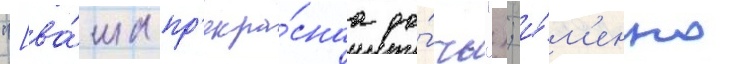
"[ва́ша пр'екра́снаа до́чь"); и́м'енно